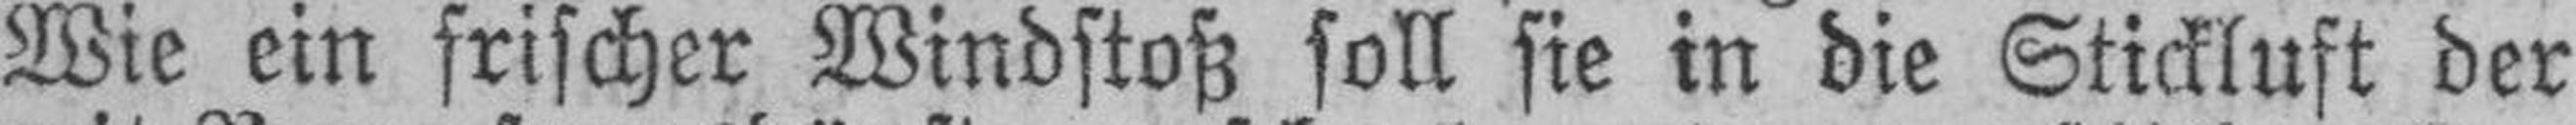
Wie ein frischer Windstoß soll sie in die Stickluft der